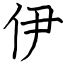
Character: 伊